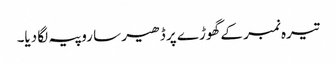
تیرہ نمبر کے گھوڑے پر ڈھیر سا روپیہ لگا دیا۔